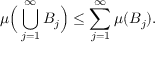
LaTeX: \mu { \Big ( } \bigcup _ { j = 1 } ^ { \infty } B _ { j } { \Big ) } \leq \sum _ { j = 1 } ^ { \infty } \mu ( B _ { j } ) .